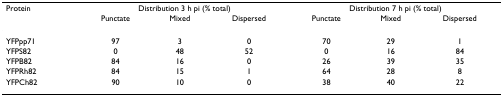
| Protein | <COLSPAN=3> Distribution 3 h pi (% total) | <COLSPAN=3> Distribution 7 h pi (% total) |
 |  | Punctate | Mixed | Dispersed | Punctate | Mixed | Dispersed |
 | --- | --- | --- | --- | --- | --- | --- |
 | YFPpp71 | 97 | 3 | 0 | 70 | 29 | 1 |
 | YFPS82 | 0 | 48 | 52 | 0 | 16 | 84 |
 | YFPB82 | 84 | 16 | 0 | 26 | 39 | 35 |
 | YFPRh82 | 84 | 15 | 1 | 64 | 28 | 8 |
 | YFPCh82 | 90 | 10 | 0 | 38 | 40 | 22 |